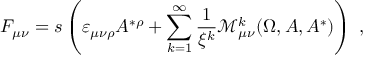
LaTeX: F _ { \mu \nu } = s \left( \varepsilon _ { \mu \nu \rho } A ^ { * \rho } + \sum _ { k = 1 } ^ { \infty } \frac 1 { \xi ^ { k } } \mathcal { M } _ { \mu \nu } ^ { k } ( \Omega , A , A ^ { * } ) \right) \; ,